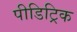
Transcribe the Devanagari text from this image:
पीडिट्रिक